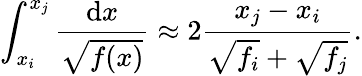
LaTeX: \int_{x_{i}}^{x_{j}}\frac{\mathrm{d}x}{\sqrt{f(x)}}\approx 2\frac{x_{j}-x_{i}}{\sqrt{f_{i}}+\sqrt{f_{j}}}.